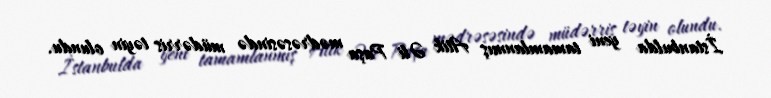
İstanbulda yeni tamamlanmış Atik Əli Paşa mədrəsəsində müdərris təyin olundu.